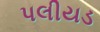
પલીયડ